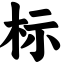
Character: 标